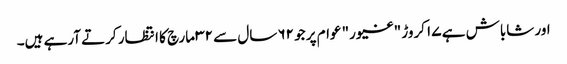
اور شاباش ہے ۱۷ کروڑ "غیور" عوام پر جو ۶۲ سال سے ۳۲ مارچ کا انتظار کرتے آرہے ہیں۔